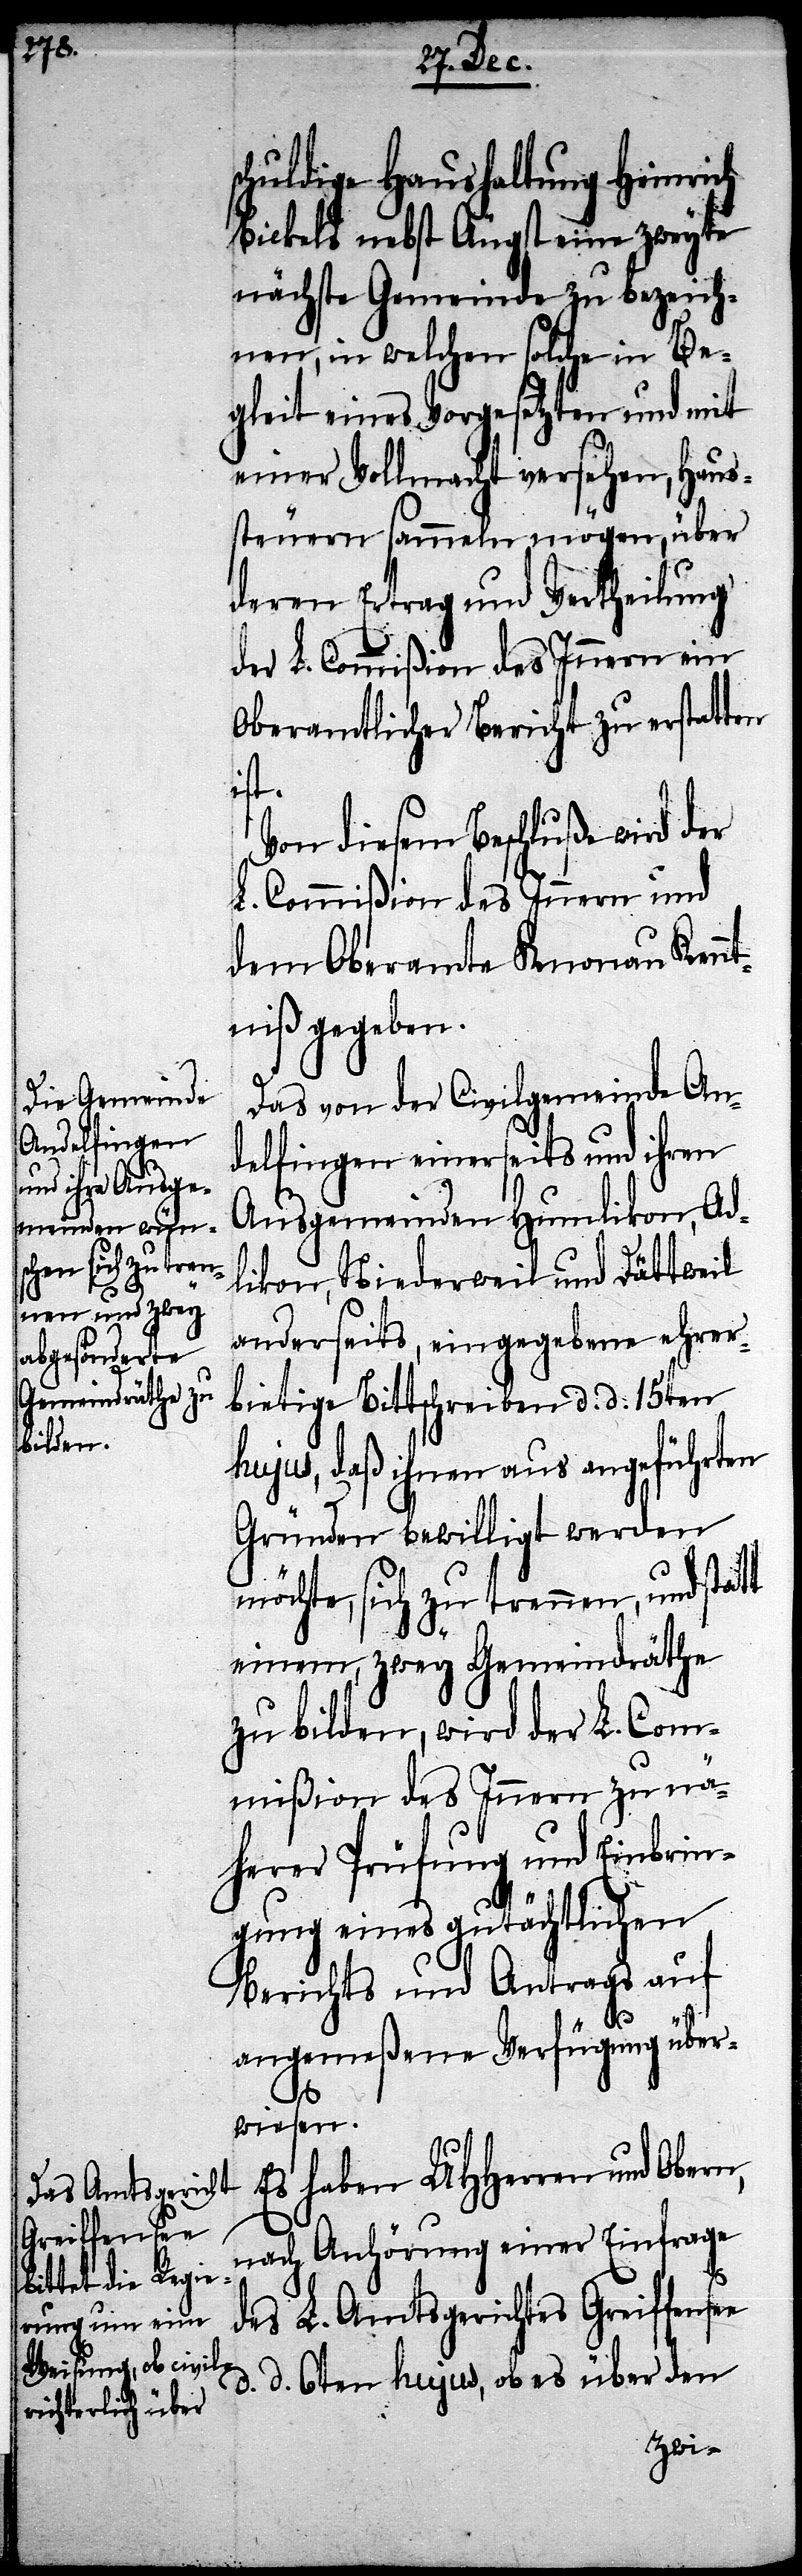
schuldige Haushaltung Heinrich
Bickels nebst Äugst eine zweyte
nächste Gemeinde zu bezeich¬
nen, in welchen solche in Be¬
gleit eines Vorgesetzten und mit
einer Vollmacht versehen, Haus¬
steuern sammeln mögen, über
deren Ertrag und Vertheilung
der L. Commißion des Innern ein
Oberamtlicher Bericht zu erstatten
ist.
Von diesem Beschluße wird der
L. Commißion des Innern und
dem Oberamte Knonau Kenn¬
tniß gegeben.
Das von der Civilgemeinde An¬
delfingen einerseits und ihren
Ausgemeinden Humlikon, Ad¬
likon, Niederweil und Dättweil
anderseits, eingegebene ehrer¬
bietige Bittschreiben d. d. 15ten
hujus, daß ihnen aus angeführten
Gründen bewilligt werden
möchte, sich zu trennen, und statt
einem, zwey Gemeindräthe
zu bilden, wird der L. Com¬
mißon des Innern zu nä¬
herer Prüfung und Einbrin¬
gung eines gutächtlichen
Berichts und Antrags auf
angemeßene Verfügung über¬
wiesen.
Es haben UHHerren und Obern,
nach Anhörung einer Einfrage
des L. Amtsgerichtes Greiffensee
d. d. 6ten hujus, ob es über den